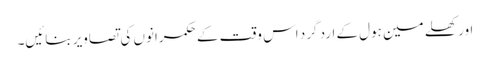
اور کھلے مین ہول کے ارد گرد اس وقت کے حکمرانوں کی تصاویر بنائیں۔